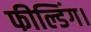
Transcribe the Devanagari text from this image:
फील्डिंग।